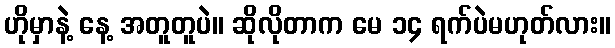
ဟိုမှာနဲ့ နေ့ အတူတူပဲ။ ဆိုလိုတာက မေ ၁၄ ရက်ပဲမဟုတ်လား။